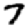
Digit: 7